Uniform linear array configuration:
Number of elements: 64
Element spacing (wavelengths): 1
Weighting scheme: kaiser
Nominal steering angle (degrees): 0
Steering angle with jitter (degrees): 1.694
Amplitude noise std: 0.05
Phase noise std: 0.05

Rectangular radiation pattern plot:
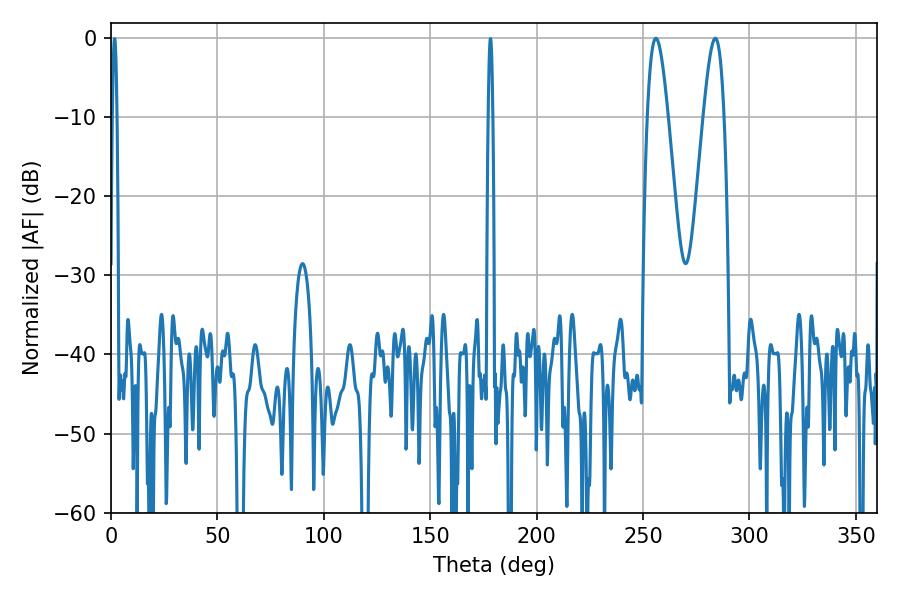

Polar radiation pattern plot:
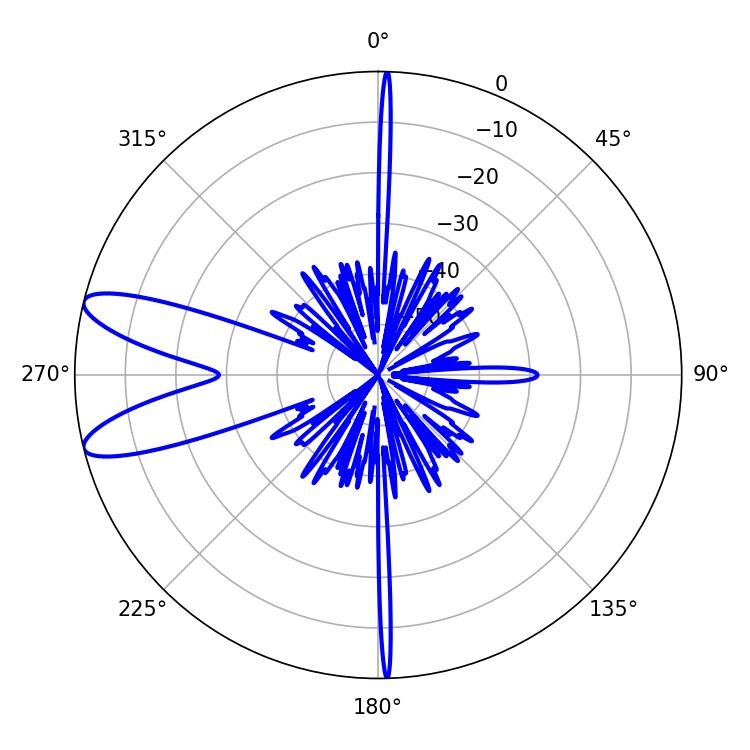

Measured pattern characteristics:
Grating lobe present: TRUE
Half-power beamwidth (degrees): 5.22
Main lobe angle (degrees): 284.04